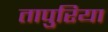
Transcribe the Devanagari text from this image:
तापुरिया